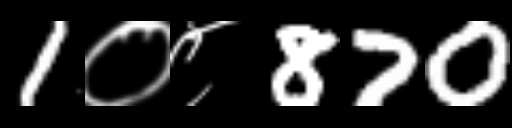
Text: 1०८870